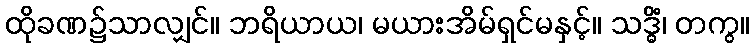
ထိုခဏ၌သာလျှင်။ ဘရိယာယ၊ မယားအိမ်ရှင်မနှင့်။ သဒ္ဓိံ၊ တကွ။